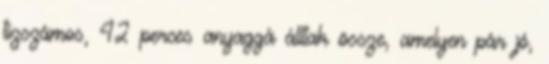
tízszámos, 42 perces anyaggá álltak össze, amelyen pár jó,